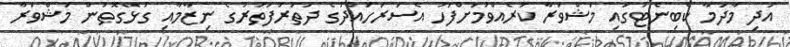
އަދި މާދަމާ ކެބިނެޓުގައި މަޝްވަރާ ކުރެއްވުމަށްފަހު އެސަރަހައްދުގެ ދަތުރުފަތުރުގެ ނިޒާމާއި ގުޅޭގޮތުން މަޝްވަރާ